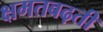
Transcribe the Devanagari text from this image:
क्षमतबढ़ती